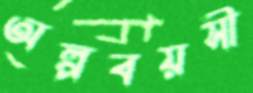
অল্পবয়সী